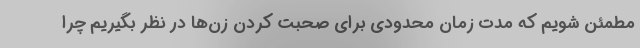
مطمئن شویم که مدت زمان محدودی برای صحبت کردن زن‌ها در نظر بگیریم چرا